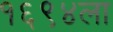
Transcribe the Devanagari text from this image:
१६९४ला